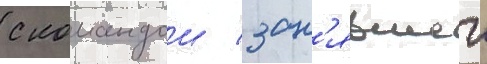
с командои / зан'явшеи